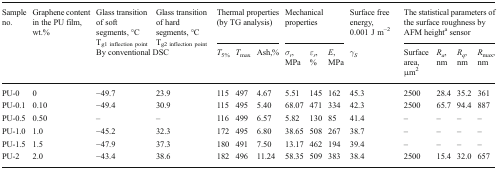
| <ROWSPAN=2> Sample no. | <ROWSPAN=2> Graphene content in the PU film, wt.% | Glass transition of soft segments, °CTg1 inflection point | Glass transition of hard segments, °CTg2 inflection point | <COLSPAN=3> Thermal properties (by TG analysis) | <COLSPAN=3> Mechanical properties | Surface free energy, 0.001 J m−2 | <COLSPAN=4> The statistical parameters of the surface roughness by AFM heighta sensor |
 | <COLSPAN=2> By conventional DSC | T5% | Tmax | Ash,% | σr, MPa | εr, % | E, MPa | γS | Surface area, μm2 | Ra, nm | Rq, nm | Rmax, nm |
 | --- | --- | --- | --- | --- | --- | --- | --- | --- | --- | --- | --- | --- | --- | --- |
 | PU-0 | 0 | −49.7 | 23.9 | 115 | 497 | 4.67 | 5.51 | 145 | 162 | 45.3 | 2500 | 28.4 | 35.2 | 361 |
 | PU-0.1 | 0.10 | −49.4 | 30.9 | 115 | 495 | 5.40 | 68.07 | 471 | 334 | 42.3 | 2500 | 65.7 | 94.4 | 887 |
 | PU-0.5 | 0.50 | – | – | 116 | 499 | 6.57 | 5.82 | 130 | 85 | 41.4 | – | – | – | – |
 | PU-1.0 | 1.0 | −45.2 | 32.3 | 172 | 495 | 6.80 | 38.65 | 508 | 267 | 38.7 | – | – | – | – |
 | PU-1.5 | 1.5 | −47.9 | 37.3 | 180 | 491 | 7.50 | 13.17 | 462 | 194 | 39.4 | – | – | – | – |
 | PU-2 | 2.0 | −43.4 | 38.6 | 182 | 496 | 11.24 | 58.35 | 509 | 383 | 38.4 | 2500 | 15.4 | 32.0 | 657 |